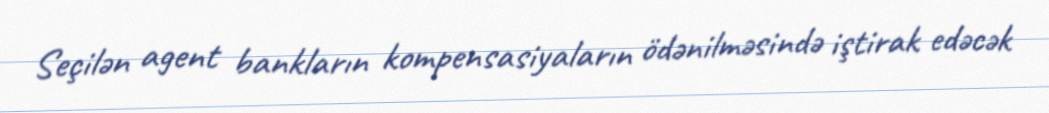
Seçilən agent bankların kompensasiyaların ödənilməsində iştirak edəcək